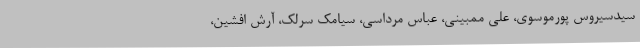
سیدسیروس پورموسوی، علی ممبینی، عباس مرداسی، سیامک سرلک، آرش افشین،